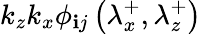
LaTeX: k_{z}k_{x}\phi_{\mathbf{i}j}\left(\lambda_{x}^{+},\lambda_{z}^{+}\right)